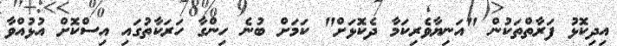
އިދިކޮޅު ފަރާތްތަކުން "އަނިޔާވެރިކަމާ ދެކޮޅަށް" ކަމަށް ބުނެ ހިންގާ ހަރަކާތުގައި އިސްކޮށް އުޅުއްވާ